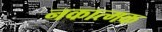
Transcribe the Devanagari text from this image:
नकात्मक